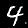
Label: 4